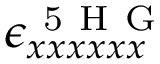
\epsilon _ { x x x x x x } ^ { \mathrm { ~ 5 ~ H ~ G ~ } }